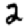
Digit: 2